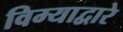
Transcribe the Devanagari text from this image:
विम्याद्वारे